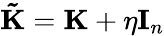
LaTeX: {\mathbf{\tilde{K}}}=\mathbf K+\eta\mathbf I_{n}